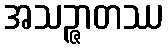
အသဉ္ဇာတဿ